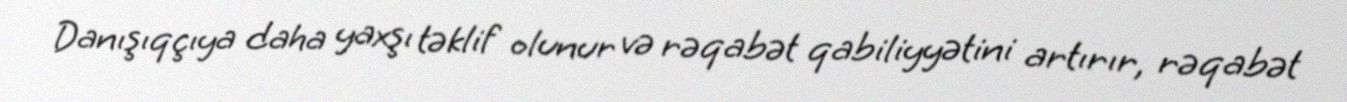
Danışıqçıya daha yaxşı təklif olunur və rəqabət qabiliyyətini artırır, rəqabət